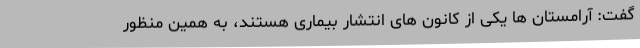
گفت: آرامستان ها یکی از کانون های انتشار بیماری هستند، به همین منظور